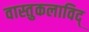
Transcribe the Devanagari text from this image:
वास्तुकलाविद्